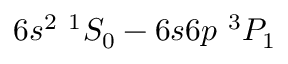
6 s ^ { 2 } ~ ^ { 1 } S _ { 0 } - 6 s 6 p ~ ^ { 3 } P _ { 1 }